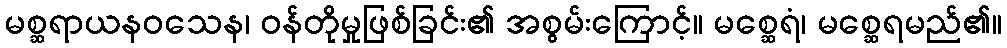
မစ္ဆရာယနဝသေန၊ ဝန်တိုမှုဖြစ်ခြင်း၏ အစွမ်းကြောင့်။ မစ္ဆေရံ၊ မစ္ဆေရမည်၏။